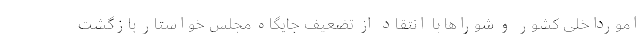
امورداخلی کشور و شوراها با انتقاد از تضعیف جایگاه مجلس خواستار بازگشت